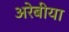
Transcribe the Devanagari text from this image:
अरेबीया